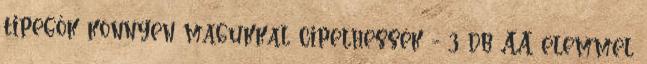
tipegők könnyen magukkal cipelhessék - 3 db AA elemmel